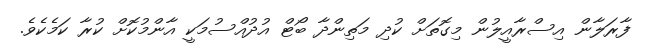
ފާރަލާން އިސްރާއީލުން މިގޮތަށް ކުދި މަތިންދާ ބޯޓް އުދުއްސުމަކީ އާންމުކޮށް ކުރާ ކަމެކެވެ.